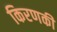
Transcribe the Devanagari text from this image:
किरणकी